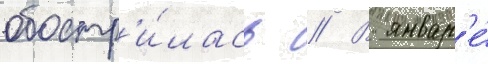
обостр'и́лась // В январ'е́